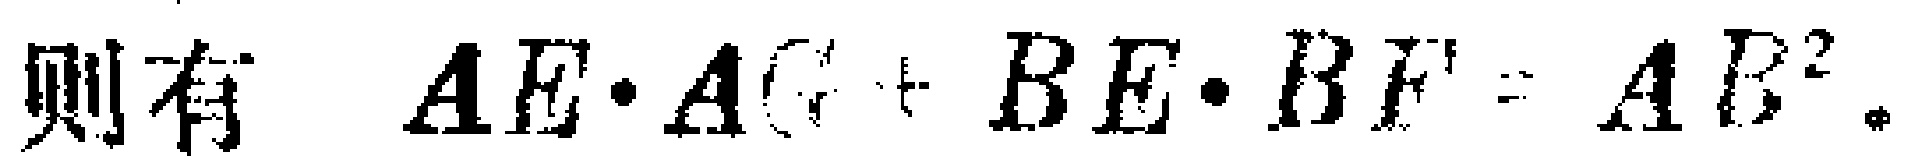
则有 \(AE\cdot AC + BE\cdot BF = AB^{2}\)。